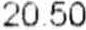
20.50